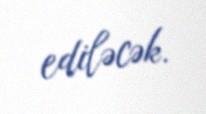
ediləcək.